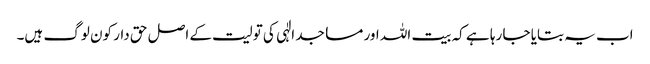
اب یہ بتایا جا رہا ہے کہ بیت اللہ اور مساجد الٰہی کی تولیت کے اصل حق دار کون لوگ ہیں۔